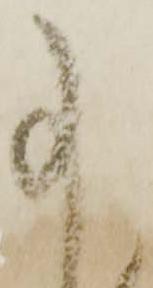
事